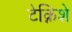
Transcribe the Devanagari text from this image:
टेक्निशे